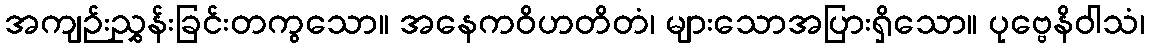
အကျဉ်းညွှန်းခြင်းတကွသော။ အနေကဝိဟတိတံ၊ များသောအပြားရှိသော။ ပုဗ္ဗေနိဝါသံ၊